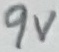
Text: 9V